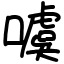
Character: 噳